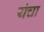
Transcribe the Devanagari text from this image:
यंचा